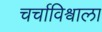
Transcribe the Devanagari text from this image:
चर्चाविश्वाला